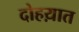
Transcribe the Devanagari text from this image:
दोहय़ात